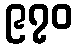
၉၇၀